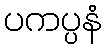
ပကပ္ပနံ